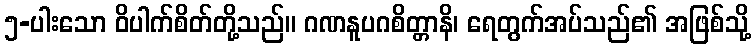
၅-ပါးသော ဝိပါက်စိတ်တို့သည်။ ဂဏနူပဂစိတ္တာနိ၊ ရေတွက်အပ်သည်၏ အဖြစ်သို့